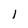
Character: l